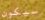
سيكون